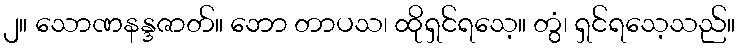
၂။ သောဏနန္ဒဇာတ်။ ဘော တာပသ၊ ထိုရှင်ရသေ့။ တွံ၊ ရှင်ရသေ့သည်။